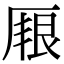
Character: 𠪏